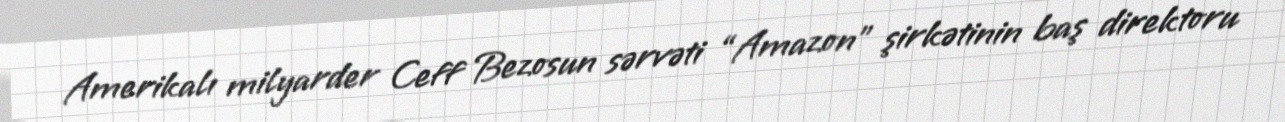
Amerikalı milyarder Ceff Bezosun sərvəti “Amazon” şirkətinin baş direktoru